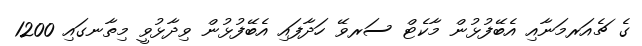
ގެ ޗެއަރމަނާއި އެބޭފުޅުން މާކެޓް ސަރވޭ ހަދާފައި އެބޭފުޅުން ވިދާޅުވީ މިތާނގައި 1200